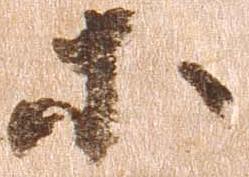
等